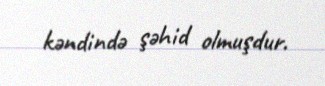
kəndində şəhid olmuşdur.